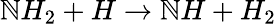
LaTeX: \mathbb{N}H_{2}+H\rightarrow\mathbb{N}H+H_{2}